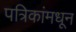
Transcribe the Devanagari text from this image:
पत्रिकांमधून